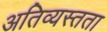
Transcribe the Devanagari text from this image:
अतिव्यस्तता